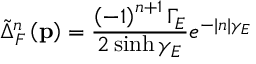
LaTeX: \tilde { \Delta } _ { F } ^ { n } \left( \mathbf { p } \right) = \frac { \left( - 1 \right) ^ { n + 1 } \Gamma _ { E } } { 2 \sinh \gamma _ { E } } e ^ { - | n | \gamma _ { E } }